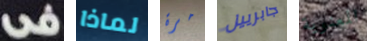
فى لماذا مرة جابرييل المعنوية